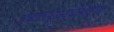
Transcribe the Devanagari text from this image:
आयएचएसयूपीअंतर्गत